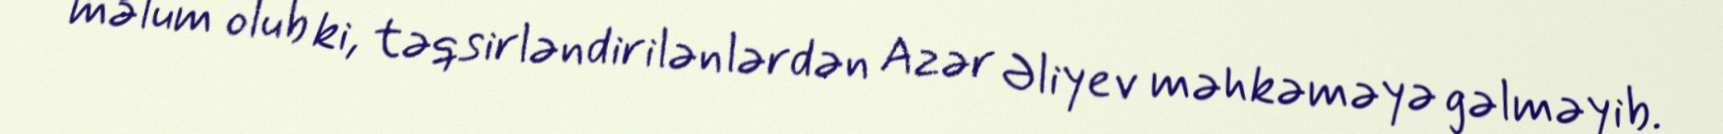
məlum olub ki, təqsirləndirilənlərdən Azər Əliyev məhkəməyə gəlməyib.